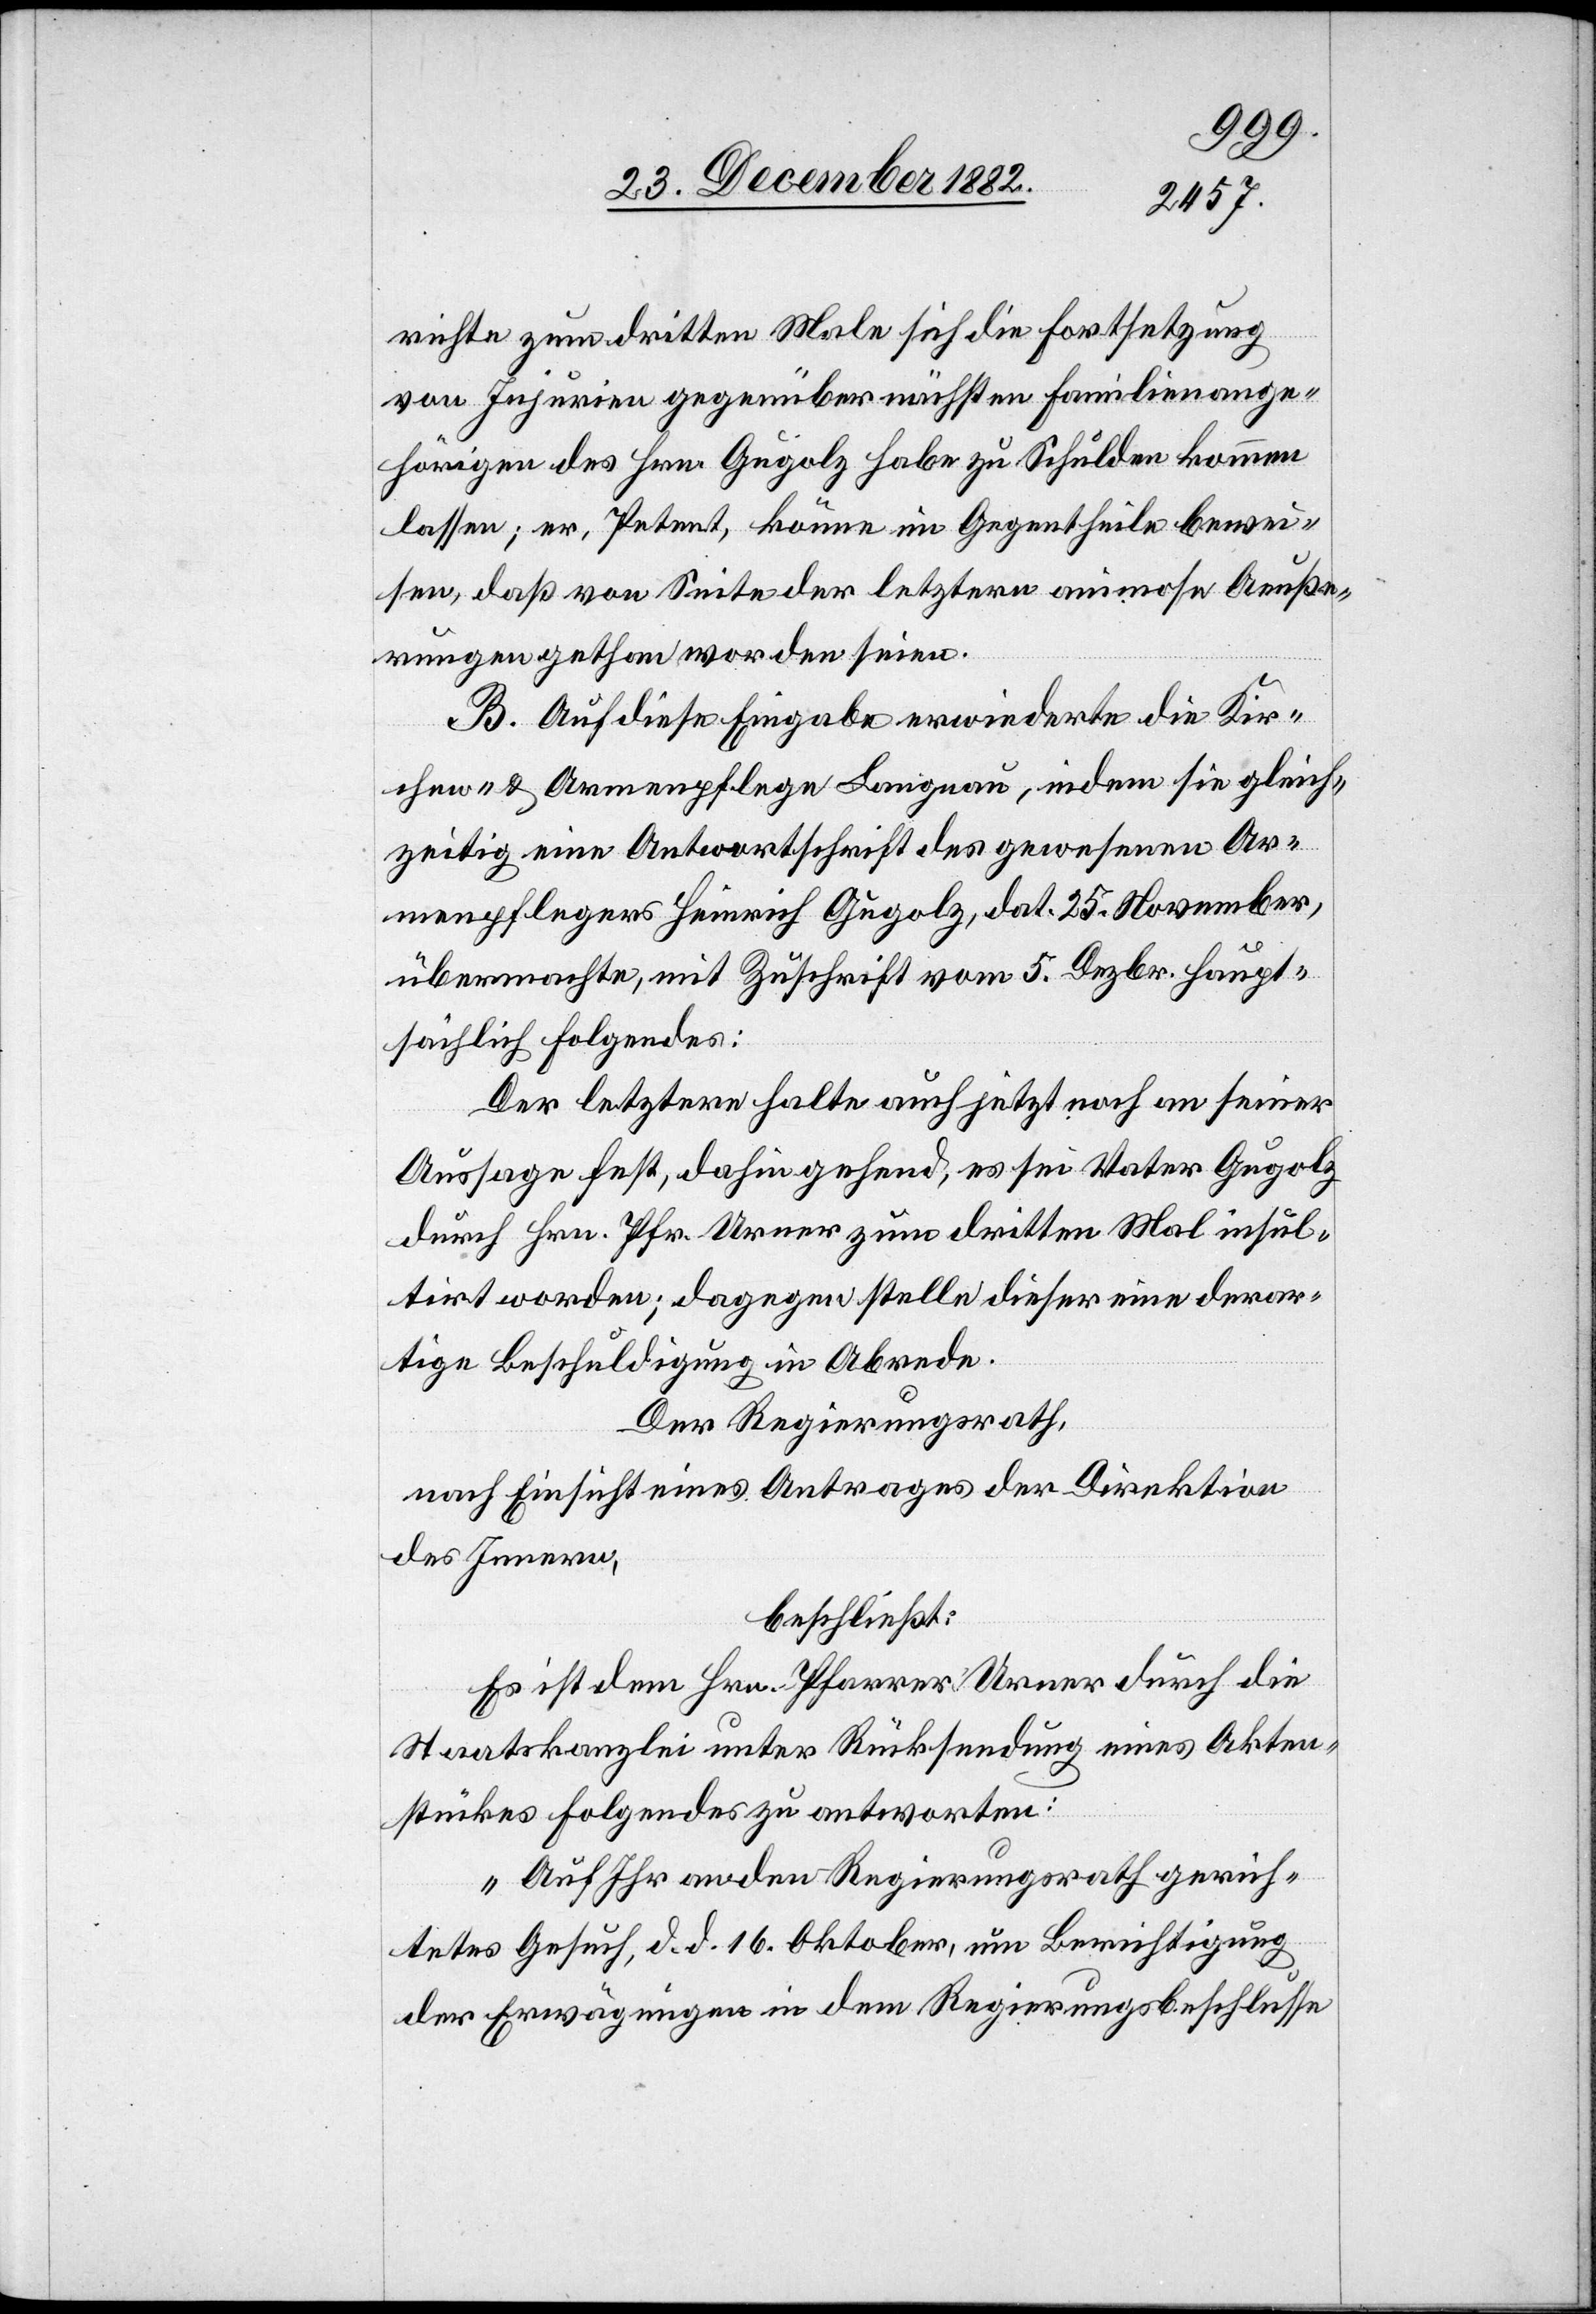
richte zum dritten Male sich die Fortsetzung
von Injurien gegenüber nächsten Familienange¬
hörigen des Hrn. Gugolz habe zu Schulden kommen
lassen; er, Petent, könne im Gegentheile bewei¬
sen, daß von Seite der letztern animose Aeuße¬
rungen gethan worden seien.
B. Auf diese Eingabe erwiederte die Kir¬
chen- & Armenpflege Langnau, indem sie gleich¬
zeitig eine Antwortschrift des gewesenen Ar¬
menpflegers Heinrich Gugolz, dat. 25. November,
übermachte, mit Zuschrift vom 5. Dezbr. haupt¬
sächlich Folgendes:
Der letztere halte auch jetzt noch an seiner
Aussage fest, dahin gehend, es sei Vater Gugolz
durch Hrn. Pfr. Urner zum dritten Mal insul¬
tirt worden; dagegen stelle dieser eine derar¬
tige Beschuldigung in Abrede.
Der Regierungsrath,
nach Einsicht eines Antrages der Direktion
des Innern,
beschließt:
Es ist dem Hrn. Pfarrer Urner durch die
Staatskanzlei unter Rücksendung eines Akten¬
stückes Folgendes zu antworten:
„Auf Ihr an den Regierungsrath gerich¬
tetes Gesuch, d. d. 16. Oktober, um Berichtigung
der Erwägungen in dem Regierungsbeschlusse